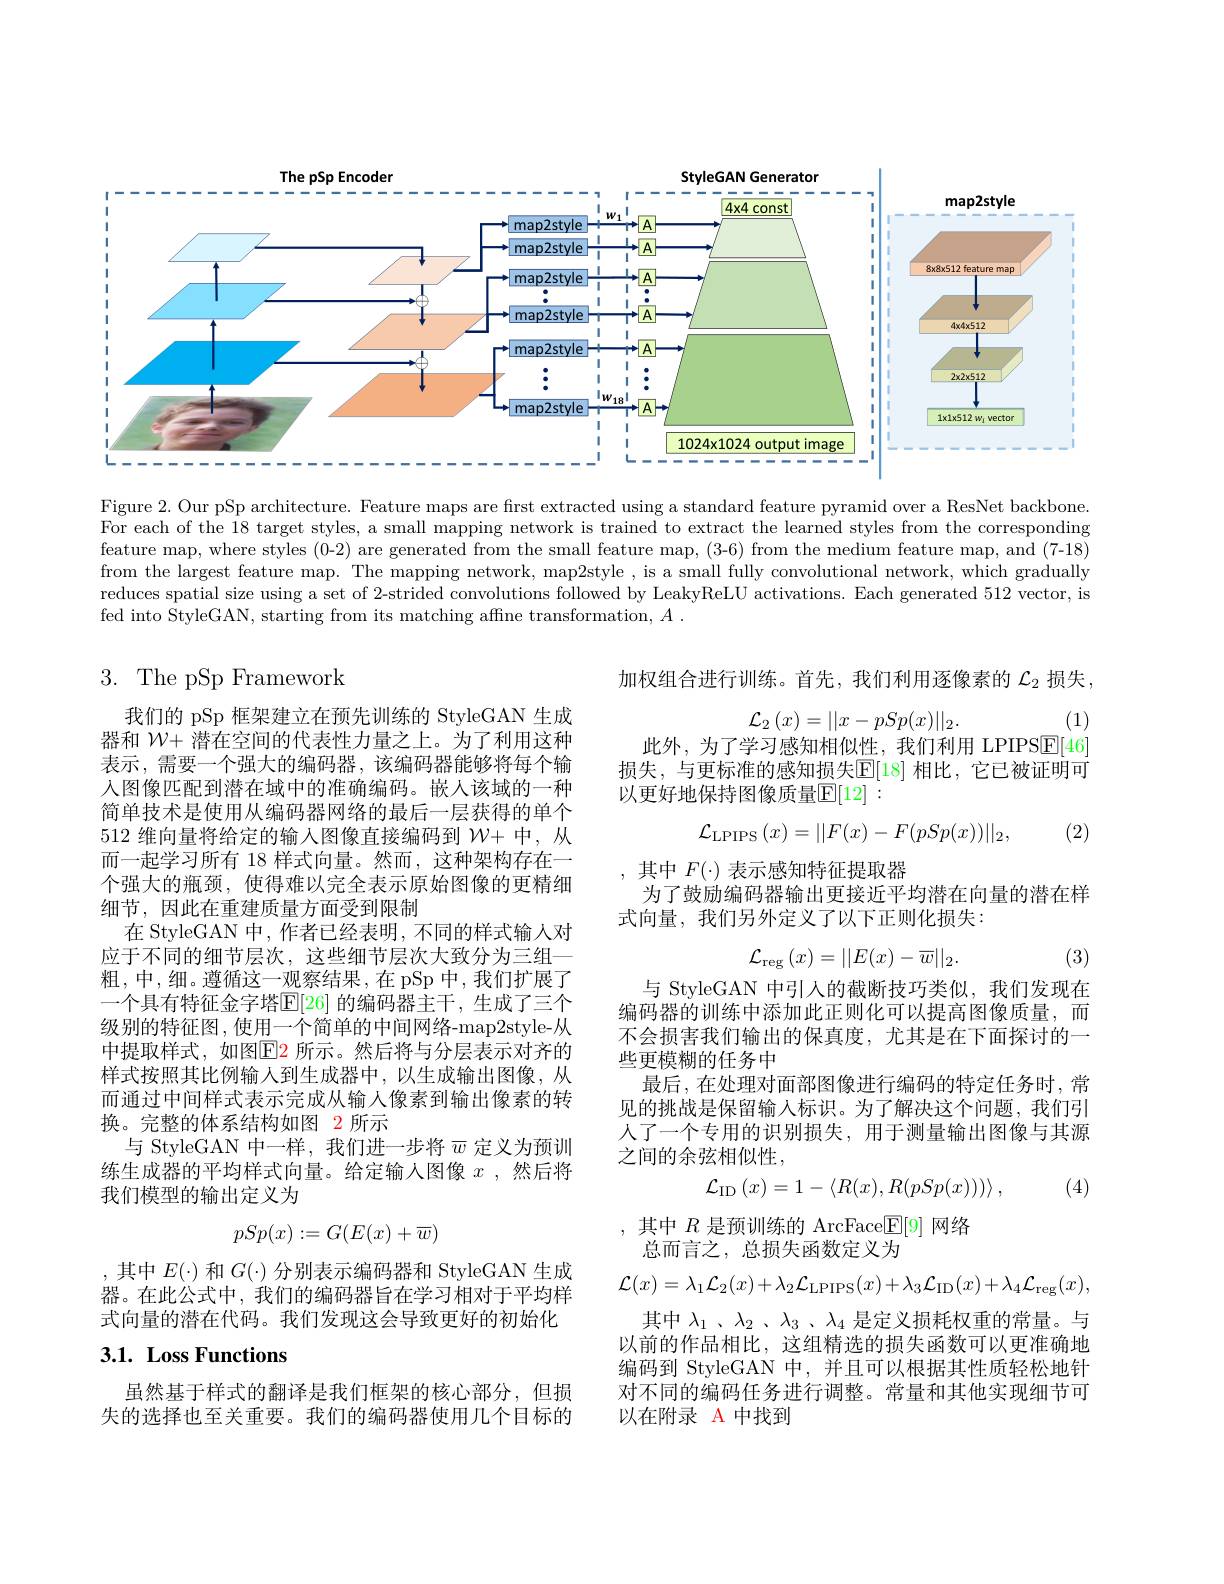
<FigureHere>

Figure 2. Our pSp architecture. Feature maps are first extracted using a standard feature pyramid over a ResNet backbone For each of the 18 target styles, a small mapping network is trained to extract the learned styles from the corresponding feature map, where styles (0-2) are generated from the small feature map, (3-6) from the medium feature map, and (7-18) from the largest feature map. The mapping network, map2style , is a small fully convolutional network, which gradually reduces spatial size using a set of 2-strided convolutions followed by LeakyReLU activations. Each generated 512 vector, is fed into StyleGAN, starting from its matching affne transformation, $A.$

## 3. The pSp Framework

加权组合进行训练。首先，我们利用逐像素的$\mathcal{L}_2$损失，
$$\mathcal{L}_2\left(x\right)=||x-pSp(x)||_2.$$
(1)

此外，为了学习感知相似性，我们利用 LPIPSE[46] 损失，与更标准的感知损失$\mathbb{E}[18]$ 相比，它已被证明可以更好地保持图像质量$\mathbb{E}[12]:$
$$\mathcal{L}_{\mathrm{LPIPS}}(x)=||F(x)-F(pSp(x))||_{2},$$
 (2)

,其中$F(\cdot)$表示感知特征提取器
为了鼓励编码器输出更接近平均潜在向量的潜在样
式向量，我们另外定义了以下正则化损失：

我们的 pSp 框架建立在预先训练的 StyleGAN 生成器和$\mathcal{W}+$潜在空间的代表性力量之上。为了利用这种表示，需要一个强大的编码器，该编码器能够将每个输入图像匹配到潜在域中的准确编码。嵌人该域的一种简单技术是使用从编码器网络的最后一层获得的单个512 维向量将给定的输入图像直接编码到$\mathcal{W}+$中，从而一起学习所有 18 样式向量。然而，这种架构存在一个强大的瓶颈，使得难以完全表示原始图像的更精细细节，因此在重建质量方面受到限制
在 StyleGAN 中，作者已经表明，不同的样式输人对应于不同的细节层次，这些细节层次大致分为三组— 粗，中，细。遵循这一观察结果，在 pSp 中，我们扩展了一个具有特征金字塔$\mathbb{E}[$26] 的编码器主干，生成了三个级别的特征图，使用一个简单的中间网络-map2style-从中提取样式，如图$\color{red}{\mathrm{E2}}$ 所示。然后将与分层表示对齐的样式按照其比例输人到生成器中，以生成输出图像，从而通过中间样式表示完成从输入像素到输出像素的转换。完整的体系结构如图 2 所示
与 StyleGAN 中一样，我们进一步将$\overline{w}$定义为预训练生成器的平均样式向量。给定输人图像$x$ ,然后将我们模型的输出定义为
$$\mathcal{L}_{\mathrm{reg}}(x)=||E(x)-\overline{w}||_{2}.$$
(3)

与 StyleGAN 中引人的截断技巧类似，我们发现在编码器的训练中添加此正则化可以提高图像质量，而不会损害我们输出的保真度，尤其是在下面探讨的一些更模糊的任务中
最后，在处理对面部图像进行编码的特定任务时，常见的挑战是保留输入标识。为了解决这个问题，我们引人了一个专用的识别损失，用于测量输出图像与其源之间的余弦相似性，
$$\mathcal{L}_{\mathrm{ID}}\left(x\right)=1-\left\langle R(x),R(pSp(x)))\right\rangle,$$
(4)
$$pSp(x):=G(E(x)+\overline{w})$$
,其中$R$ 是预训练的 ArcFace$\mathbb{E}[9]$ 网络
总而言之，总损失函数定义为
$$\mathcal{L}(x)=\lambda_{1}\mathcal{L}_{2}(x)+\lambda_{2}\mathcal{L}_{\mathrm{LPIPS}}(x)+\lambda_{3}\mathcal{L}_{\mathrm{ID}}(x)+\lambda_{4}\mathcal{L}_{\mathrm{reg}}(x),$$
,其中$E(\cdot)$和$G(\cdot)$分别表示编码器和 StyleGAN 生成器。在此公式中，我们的编码器旨在学习相对于平均样式向量的潜在代码。我们发现这会导致更好的初始化

# 3.1. Loss Functions

其中 $\lambda _1$ , $\lambda _2$ , $\lambda _3$ , $\lambda _4$ 是定义损耗权重的常量。与以前的作品相比，这组精选的损失函数可以更准确地编码到 StyleGAN 中，并且可以根据其性质轻松地针对不同的编码任务进行调整。常量和其他实现细节可以在附录 A 中找到

虽然基于样式的翻译是我们框架的核心部分，但损失的选择也至关重要。我们的编码器使用几个目标的